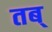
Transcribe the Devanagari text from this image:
तब्